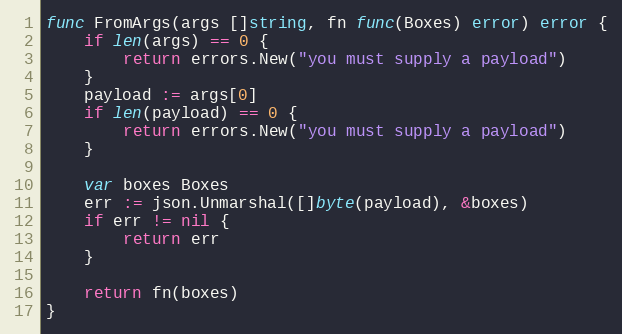
Language: Go
func FromArgs(args []string, fn func(Boxes) error) error {
	if len(args) == 0 {
		return errors.New("you must supply a payload")
	}
	payload := args[0]
	if len(payload) == 0 {
		return errors.New("you must supply a payload")
	}

	var boxes Boxes
	err := json.Unmarshal([]byte(payload), &boxes)
	if err != nil {
		return err
	}

	return fn(boxes)
}